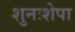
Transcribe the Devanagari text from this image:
शुनःशेपा